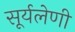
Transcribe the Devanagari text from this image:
सूर्यलेणी